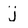
Character: j